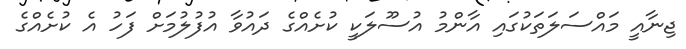
ޖިނާއީ މައްސަލަތަކުގައި އާންމު އުސޫލަކީ ކުށެއްގެ ދައުވާ އުފުލުމަށް ފަހު އެ ކުށެއްގެ